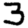
Digit: 3